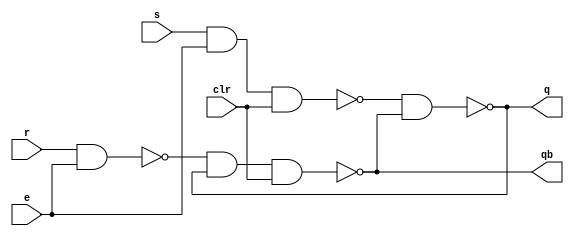
module srlatch_st
(input s,r,clr,e,
output q,qb);

nand nand1 (s1,s,e,clr);
nand nand2 (r1,r,e);
nand nand3 (q,s1,qb);
nand nand4 (qb,r1,q,clr);

endmodule